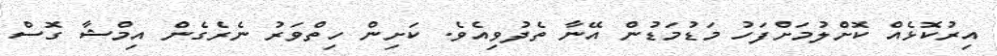
އިރުކޮޅެއް ކޮށްލުމަށްފަހު މަޑުމަޑުން އޭނާ ތެދުވިއެވެ. ކަށިން ހިތްވަރު ނެރެގެން އިމްޝާ ގޮސް